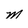
Character: M